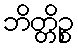
ဘိတ္တိဉ္စ